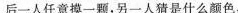
后一人任意摸一颗，另一人猜是什么颜色，